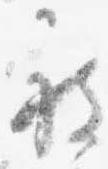
被